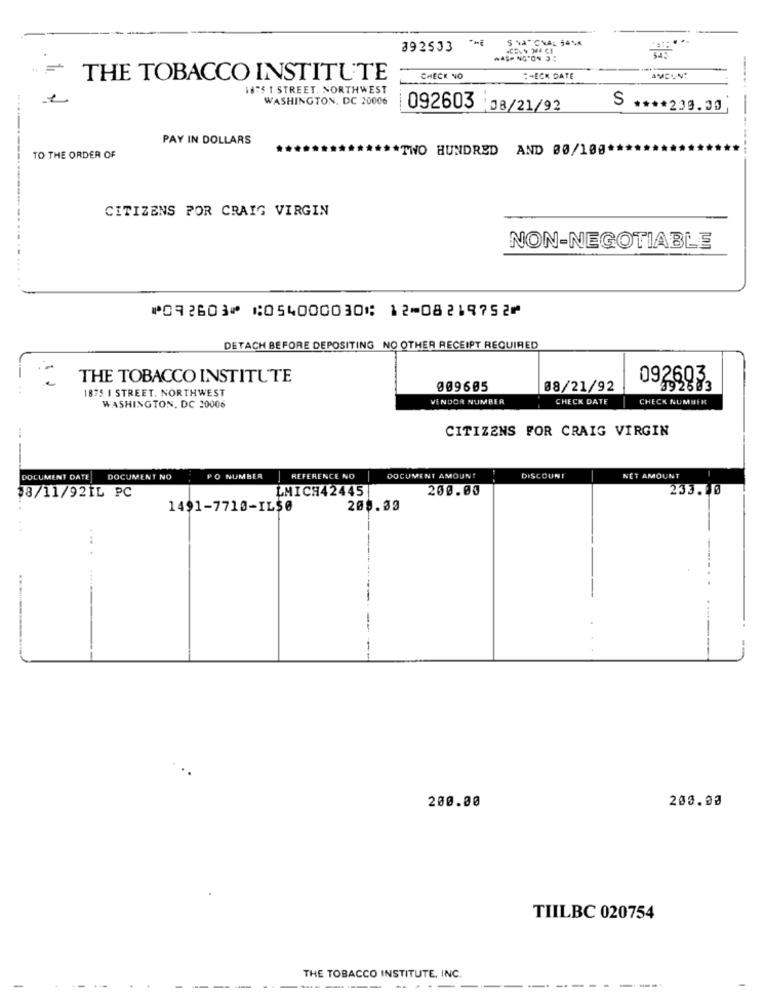
S NATIONAL BANK
892533
THE TOBACCO INSTITUTE
CHECK NO
-ECK DATE
187$ 1 STREET. NORTHWEST
WASHINGTON, DC 20006
092603 :08/21/92
S **** 230.30
PAY IN DOLLARS
*TWO HUNDRED AND 00/108*
TO THE ORDER OF
CITIZENS POR CRAIG VIRGIN
NON-NEGOTIABLE
⑈092603⑈ ⑆054000030⑆ 12⑉08219752⑈
DETACH BEFORE DEPOSITING NO OTHER RECEIPT REQUIRED
THE TOBACCO INSTITUTE
092603.
1875 I STREET. NORTHWEST
009605
08/21/92
392583
ENDOR NUMBER
CHECK DATE
CHECK NUMBER
WASHINGTON, DC 10006
CITIZENS FOR CRAIG VIRGIN
--
DOCUMENT DATE
DOCUMENT NO
PO NUMBER
REFERENCE NO
DOCUMENT AMOUNT
DISCOUNT
NET AMOUNT
LMICH424451
200.00
233. 1 0
08/11/921L PC
1491-7710-IL50
200.33
--
200.00
200.00
TIILBC 020754
THE TOBACCO INSTITUTE, INC.
----
--- --